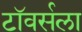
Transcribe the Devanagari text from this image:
टॉवर्सला